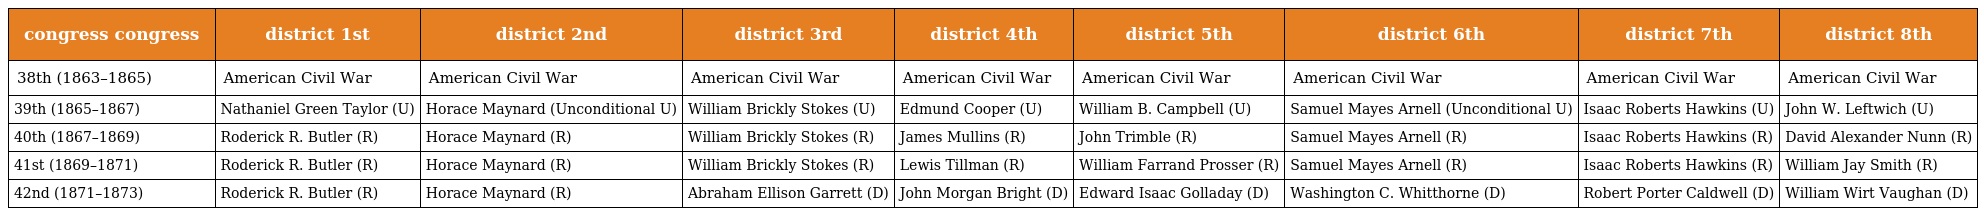
| congress congress | district 1st | district 2nd | district 3rd | district 4th | district 5th | district 6th | district 7th | district 8th |
 | --- | --- | --- | --- | --- | --- | --- | --- | --- |
 | 38th (1863–1865) | American Civil War | American Civil War | American Civil War | American Civil War | American Civil War | American Civil War | American Civil War | American Civil War |
 | 39th (1865–1867) | Nathaniel Green Taylor (U) | Horace Maynard (Unconditional U) | William Brickly Stokes (U) | Edmund Cooper (U) | William B. Campbell (U) | Samuel Mayes Arnell (Unconditional U) | Isaac Roberts Hawkins (U) | John W. Leftwich (U) |
 | 40th (1867–1869) | Roderick R. Butler (R) | Horace Maynard (R) | William Brickly Stokes (R) | James Mullins (R) | John Trimble (R) | Samuel Mayes Arnell (R) | Isaac Roberts Hawkins (R) | David Alexander Nunn (R) |
 | 41st (1869–1871) | Roderick R. Butler (R) | Horace Maynard (R) | William Brickly Stokes (R) | Lewis Tillman (R) | William Farrand Prosser (R) | Samuel Mayes Arnell (R) | Isaac Roberts Hawkins (R) | William Jay Smith (R) |
 | 42nd (1871–1873) | Roderick R. Butler (R) | Horace Maynard (R) | Abraham Ellison Garrett (D) | John Morgan Bright (D) | Edward Isaac Golladay (D) | Washington C. Whitthorne (D) | Robert Porter Caldwell (D) | William Wirt Vaughan (D) |